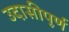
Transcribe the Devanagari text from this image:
उदासीपूर्ण